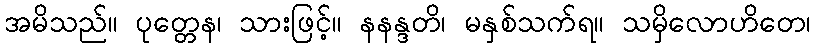
အမိသည်။ ပုတ္တေန၊ သားဖြင့်။ နနန္ဒတိ၊ မနှစ်သက်ရ။ သမှိလောဟိတေ၊